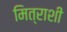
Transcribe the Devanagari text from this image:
मित्राशी